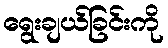
ရွေးချယ်ခြင်းကို